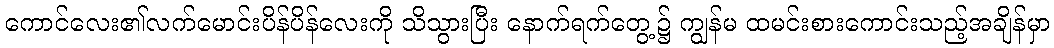
ကောင်လေး၏လက်မောင်းပိန်ပိန်လေးကို သိသွားပြီး နောက်ရက်တွေ့၌ ကျွန်မ ထမင်းစားကောင်းသည့်အချိန်မှာ